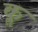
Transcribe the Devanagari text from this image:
कॢ